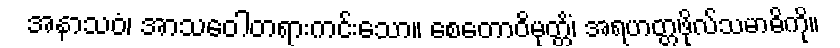
အနာသဝံ၊ အာသဝေါတရားကင်းသော။ စေတောဝိမုတ္တိံ၊ အရဟတ္တဖိုလ်သမာဓိကို။